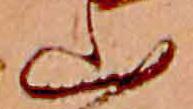
山